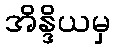
အိန္ဒိယမှ